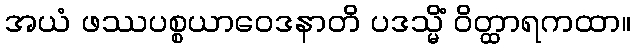
အယံ ဖဿပစ္စယာဝေဒနာတိ ပဒသ္မိံ ဝိတ္ထာရကထာ။